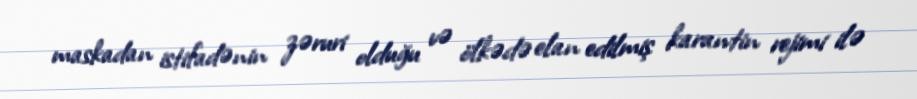
maskadan istifadənin zəruri olduğu və ölkədə elan edilmiş karantin rejimi ilə